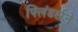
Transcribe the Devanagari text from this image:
फ्लिंडर्सने